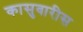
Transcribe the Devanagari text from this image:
कासुवारीस